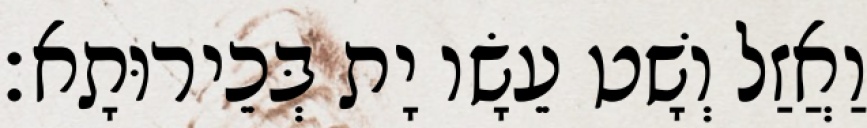
וַאֲזַל וְשָׁט עֵשָׂו יָת בְּכֵירוּתָא׃